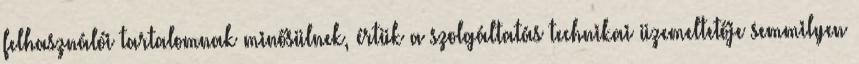
felhasználói tartalomnak minősülnek, értük a szolgáltatás technikai üzemeltetője semmilyen